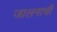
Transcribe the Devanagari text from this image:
जालनाची